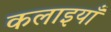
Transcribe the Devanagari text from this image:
कलाइयाँ